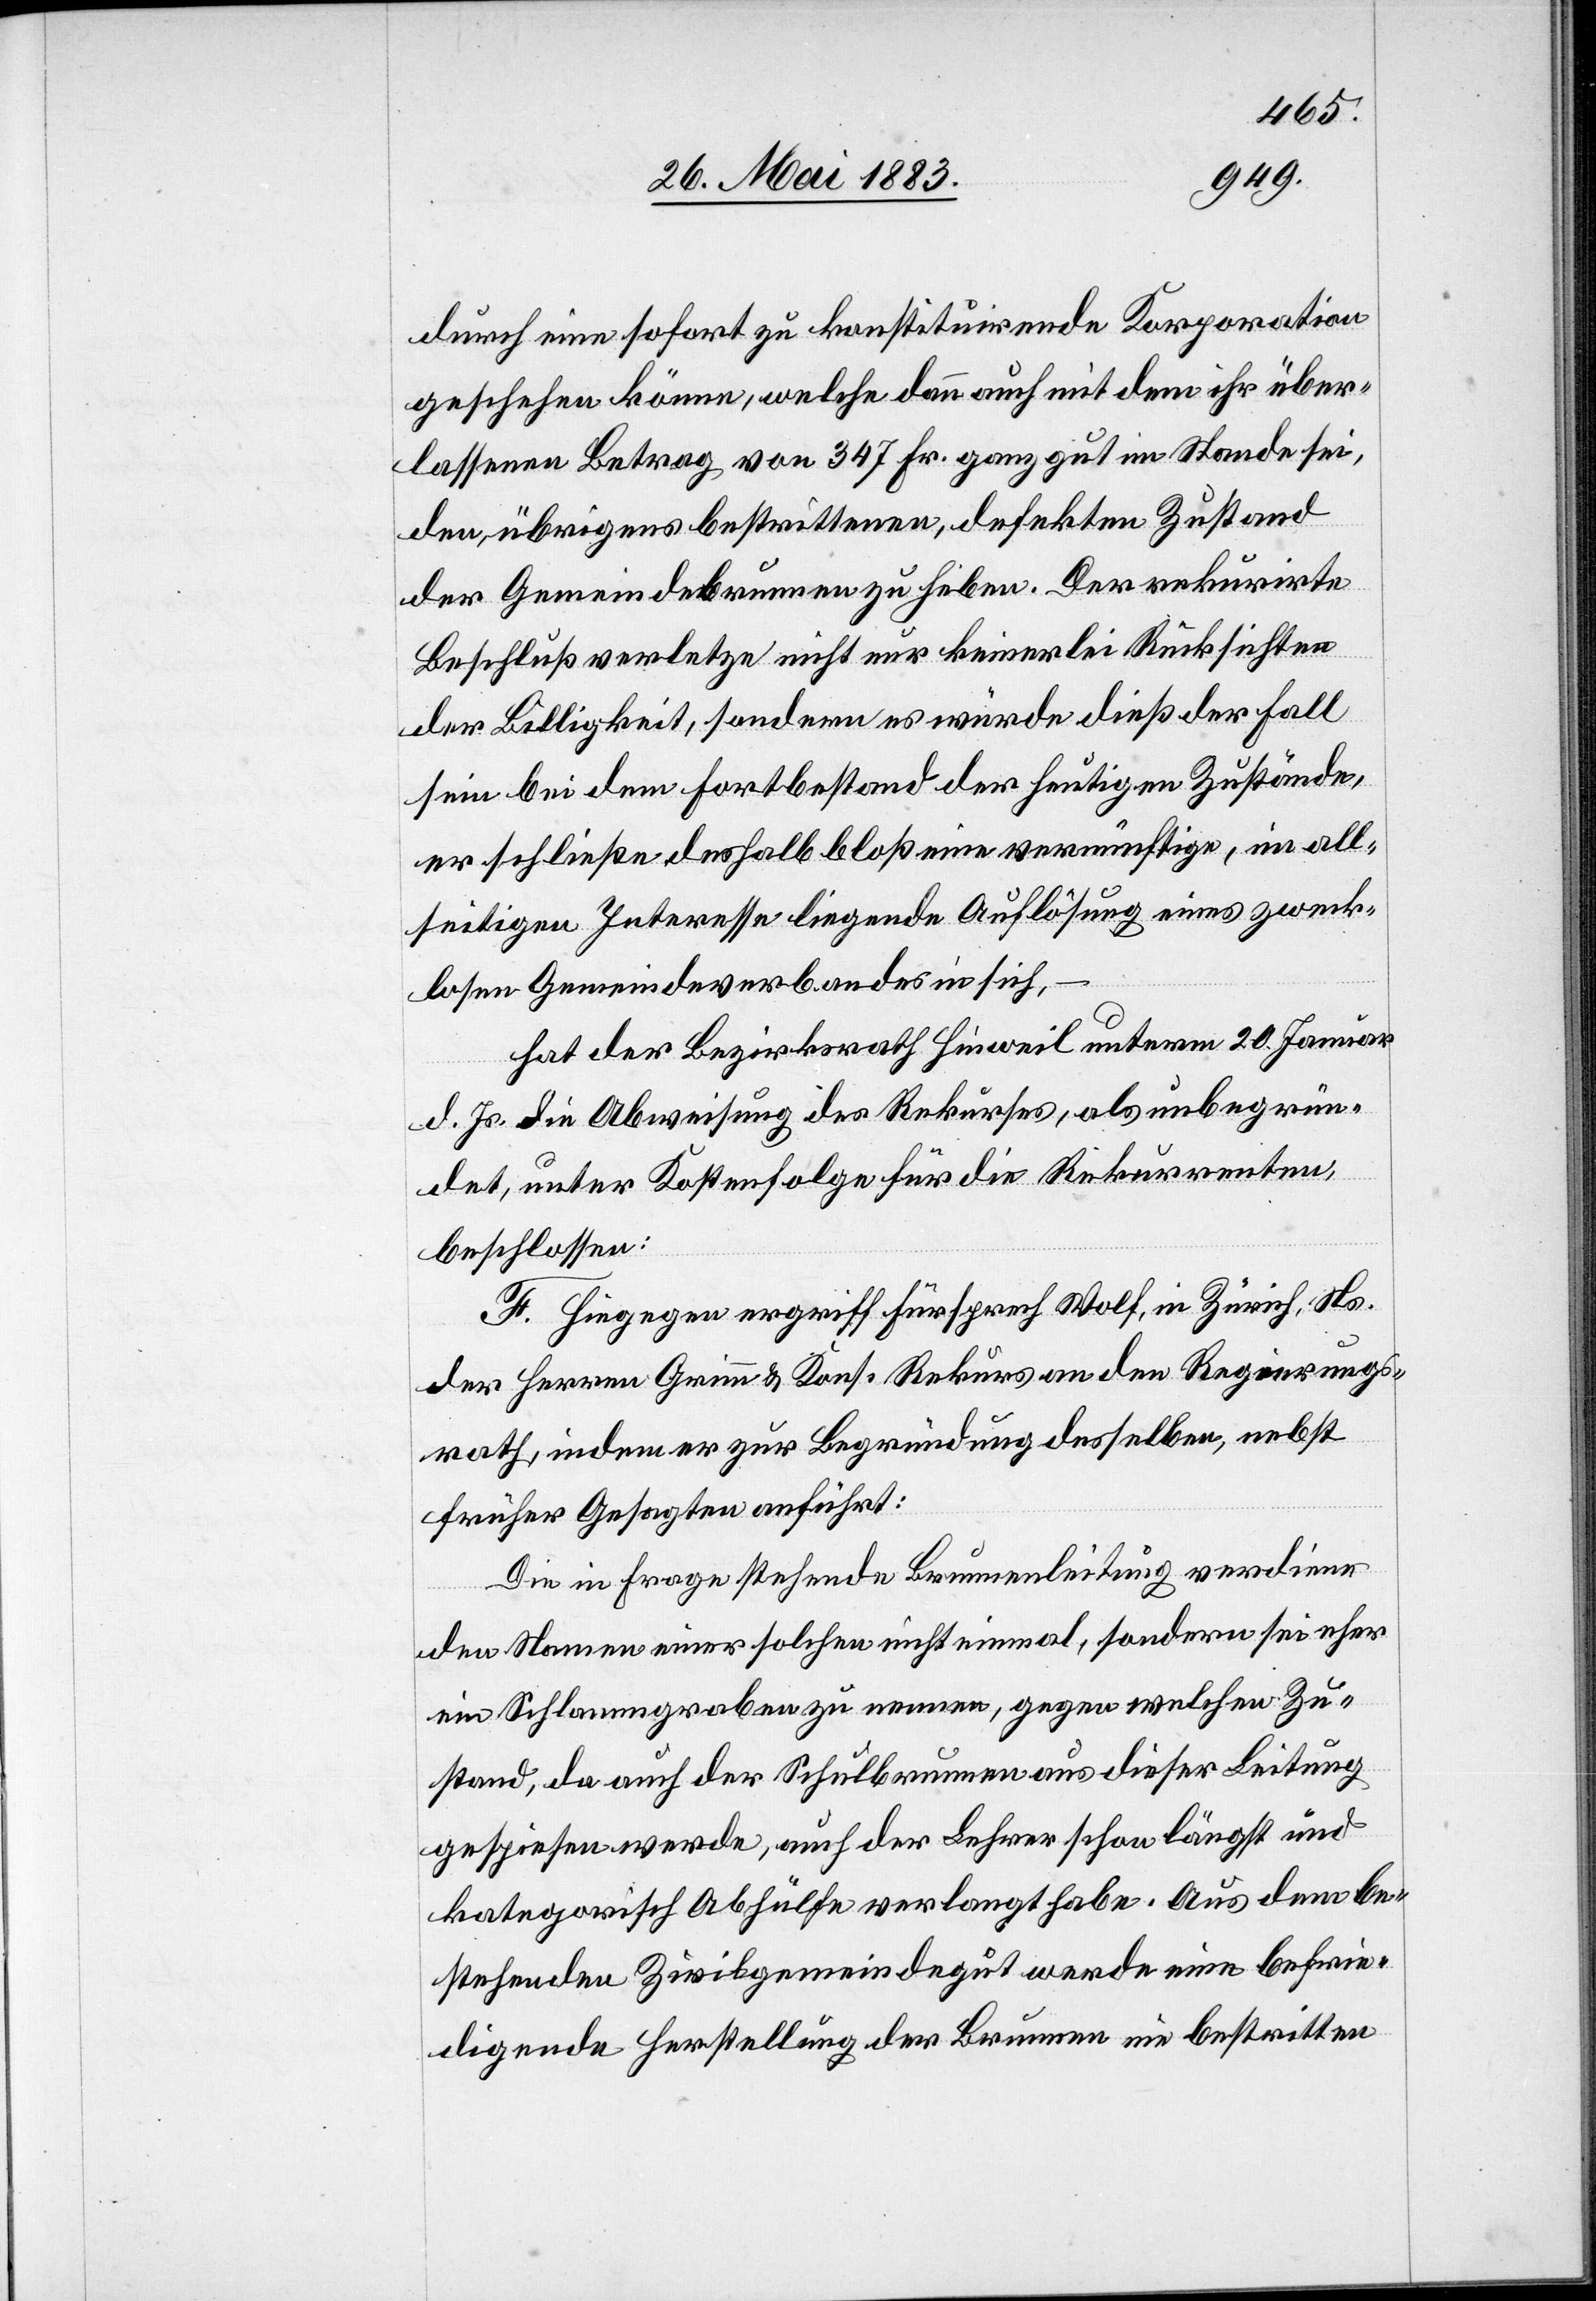
durch eine sofort zu konstituirende Korporation
geschehen könne, welche dann auch mit dem ihr über¬
lassenen Betrag von 347 Fr. ganz gut im Stande sei,
den, übrigens bestrittenen, defekten Zustand
der Gemeindebrunnen zu heben. Der rekurrirte
Beschluß verletzte nicht nur keinerlei Rücksichten
der Billigkeit, sondern es würde dieß der Fall
sein bei dem Fortbestand der heutigen Zustände,
er schließe deshalb bloß eine vernünftige, im all¬
seitigen Interesse liegende Auflösung eines zweck¬
losen Gemeindeverbandes in sich,
hat der Bezirksrath Hinweil unterm 20. Januar
d. Js. die Abweisung des Rekurses, als unbegrün¬
det, unter Kostenfolge für die Rekurrenten,
beschlossen:
F. Hiegegen ergriff Fürsprech Wolf, in Zürich, Ns.
der Herren Grimm & Kons. Rekurs an den Regierungs¬
rath, indem er zur Begründung desselben, nebst
Die in Frage stehende Brunnenleitung verdiene
den Namen einer solchen nicht einmal, sondern sei eher
ein Schlammgraben zu nennen, gegen welchen Zu¬
stand, da auch der Schulbrunnen aus dieser Leitung
gespiesen werde, auch der Lehrer schon längst und
kategorisch Abhülfe verlangt habe. Aus dem be¬
stehenden Zivilgemeindegut werde eine befrie¬
digende Herstellung der Brunnen nie bestritten